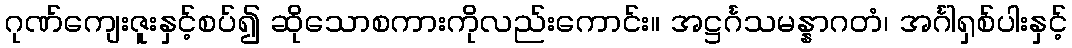
ဂုဏ်ကျေးဇူးနှင့်စပ်၍ ဆိုသောစကားကိုလည်းကောင်း။ အဋ္ဌင်္ဂသမန္နာဂတံ၊ အင်္ဂါရှစ်ပါးနှင့်